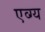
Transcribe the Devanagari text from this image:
एव्ग्य